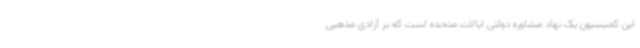
این کمیسیون یک نهاد مشاوره دولتی ایالات متحده است که بر آزادی مذهبی